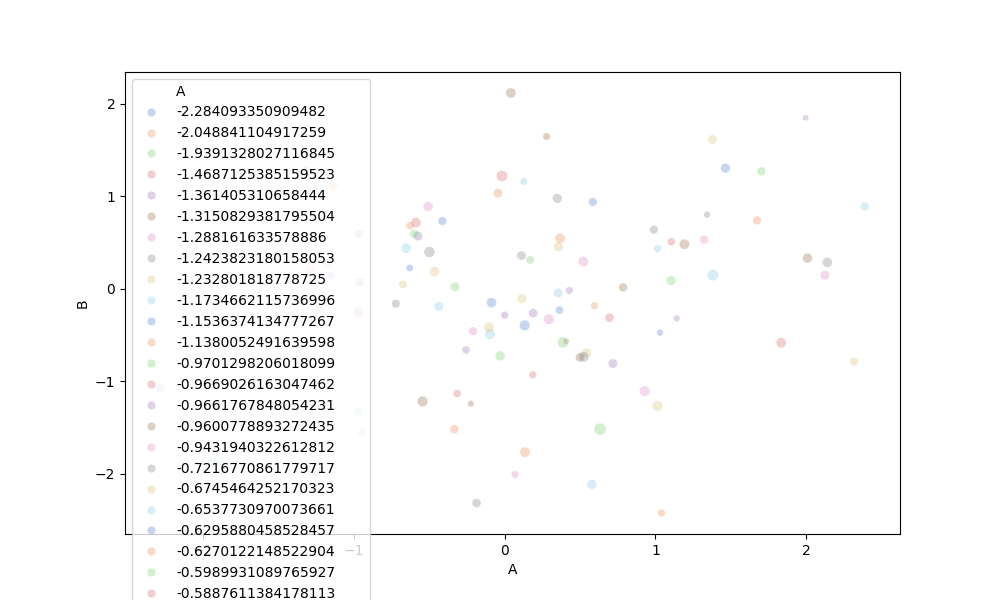
python, seaborn, scatterplot, hue='A', style='None', size='C', palette='muted', alpha=0.3